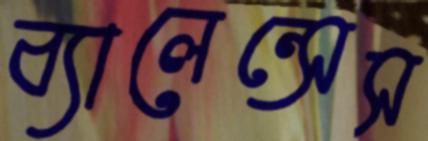
ব্যালেন্সেস